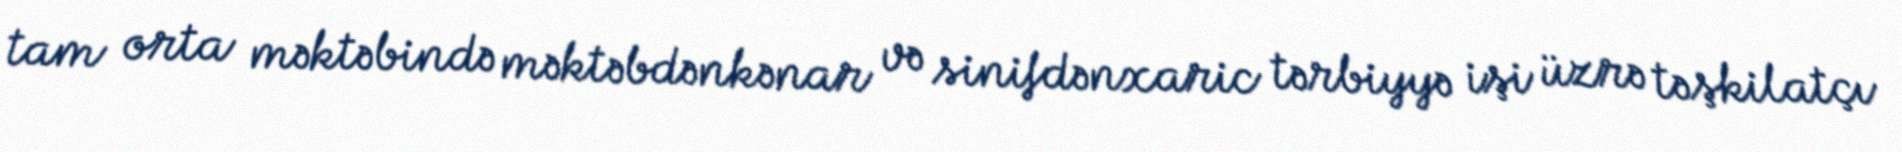
tam orta məktəbində məktəbdənkənar və sinifdənxaric tərbiyyə işi üzrə təşkilatçı